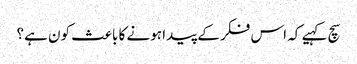
سچ کہیے کہ اس فکر کے پیدا ہونے کا باعث کون ہے؟